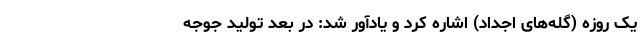
یک روزه (گله‌های اجداد) اشاره کرد و یادآور شد: در بعد تولید جوجه